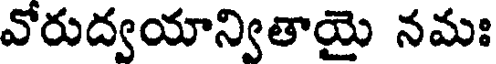
వోరుద్వయాన్వితాయై నమః